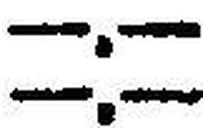
—.—